Mental hospitals Bombay report 1921-28 - 1921-1928
Year: 1921
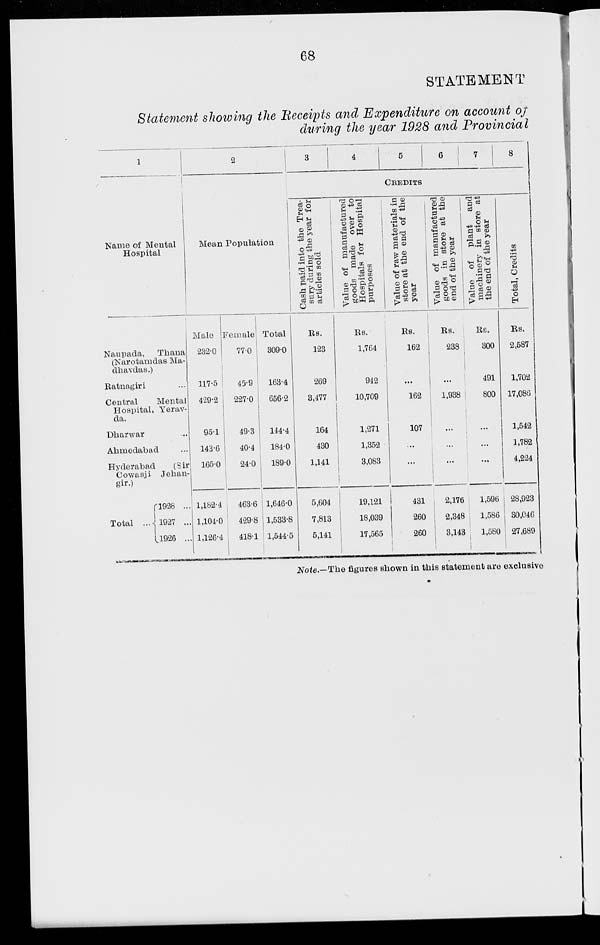
68
STATEMENT
Statement showing the Receipts and Expenditure on account of
during the year 1928 and Provincial
1
Name of Mental
Hospital
Naupada,
Thana
(Narotamdas Ma-
dhavdas.)
Ratnagiri ...
Central
Mental
Hospital, Yerav-
da.
Dharwar ...
Ahmedabad ...
Hyderabad
(Sir
Cowasji Jehan-
gir.)
Total
...
1928 ...
1927 ...
1926 ...
2
Mean Population
Male
232.0
117.5
429.2
95.1
143.6
165.0
1,182.4
1,104.0
1,126.4
Female
77.0
45.9
227.0
49.3
40.4
24.0
463.6
429.8
418.1
Total
309.0
163.4
656.2
144.4
184.0
189.0
1,646.0
1,533.8
1,544.5
3
4
5
6
7
8
CREDITS
Cash paid into the Trea-
sury during the year for
articles sold
Rs.
123
269
3,477
164
430
1,141
5,604
7,813
5,141
Value of manufactured
goods made over to
Hospitals for Hospital
purposes
Rs.
1,764
942
10,709
1,271
1,352
3,083
19,121
18,039
17,565
Value of raw materials in
store at the end of the
year
Rs.
162
...
162
107
...
...
431
260
260
Value of manufactured
goods in store at the
end of the year
Rs.
238
...
1,938
...
...
...
2,176
2,348
3,143
Value of plant and
machinery in store at
the end of the year
Rs.
300
491
800
...
...
...
1,596
1,586
1,580
Total, Credits
Rs.
2,587
1,702
17,086
1,542
1,782
4,224
28,923
30,046
27,689
Note.—The figures shown in this statement are exclusive